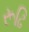
રૂઢિ